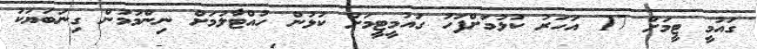
ގައުމީ ޓީމަށް 17 އަހަރު ކުޅުމަށްފަހު ގައުމީޓީމަށް ކުޅުން ހުއްޓާލުމަށް ނިންމުމުން ގިނަބަޔަކު